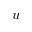
u